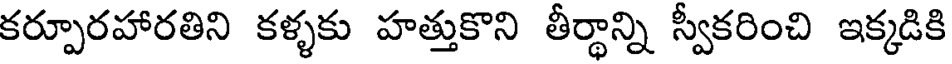
కర్పూరహారతిని కళ్ళకు హత్తుకొని తీర్థాన్ని స్వీకరించి ఇక్కడికి